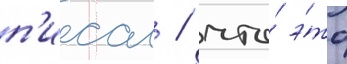
п'исал / что́ э́то